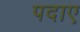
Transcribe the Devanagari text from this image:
पदाए